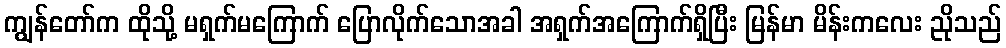
ကျွန်တော်က ထိုသို့ မရှက်မကြောက် ပြောလိုက်သောအခါ အရှက်အကြောက်ရှိပြီး မြန်မာ မိန်းကလေး ညိုသည်